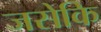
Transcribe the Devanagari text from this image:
जसेकि